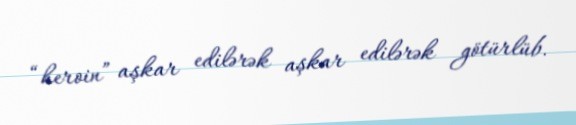
“heroin” aşkar edilərək aşkar edilərək götürlüb.